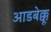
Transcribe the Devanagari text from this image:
आडबेक्कू